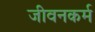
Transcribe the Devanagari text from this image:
जीवनकर्म